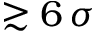
\gtrsim 6 \, \sigma